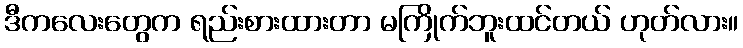
ဒီကလေးတွေက ရည်းစားထားတာ မကြိုက်ဘူးထင်တယ် ဟုတ်လား။